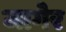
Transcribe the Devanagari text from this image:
जागेर